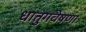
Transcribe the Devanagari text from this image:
धातुगवेषणा